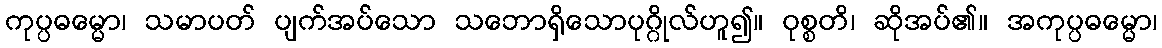
ကုပ္ပဓမ္မော၊ သမာပတ် ပျက်အပ်သော သဘောရှိသောပုဂ္ဂိုလ်ဟူ၍။ ဝုစ္စတိ၊ ဆိုအပ်၏။ အကုပ္ပဓမ္မော၊